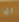
ان